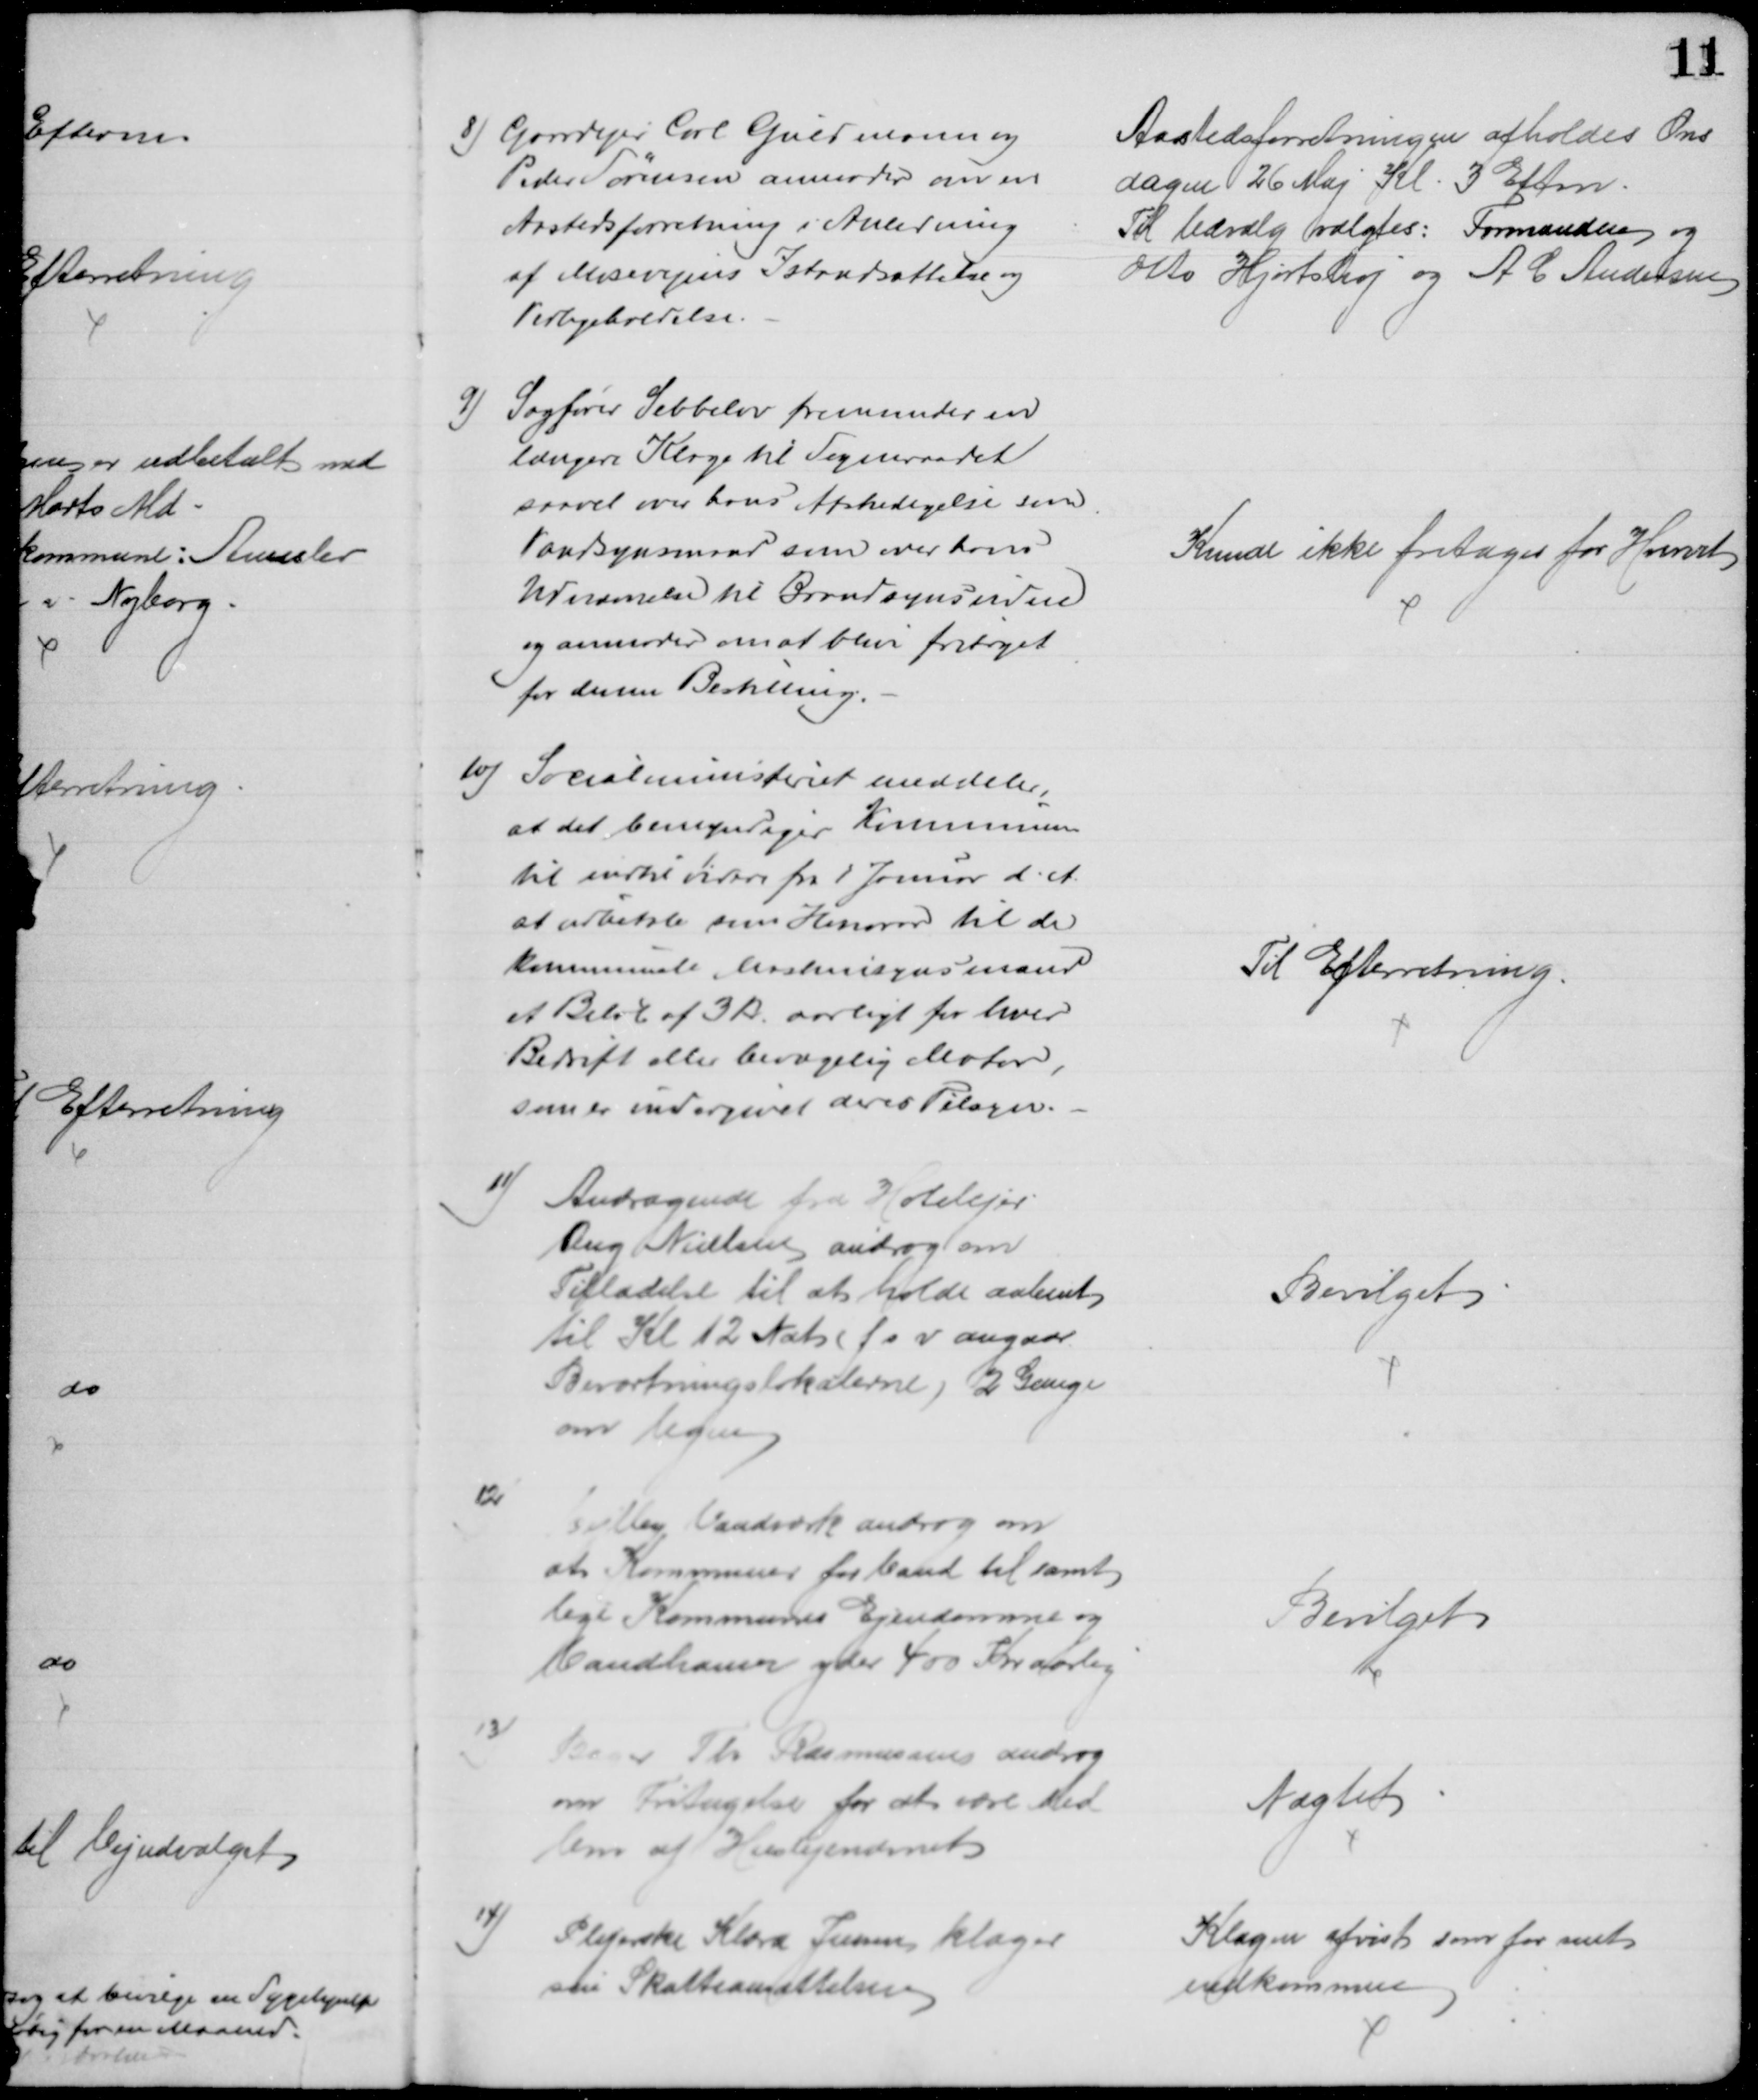
Transskription:
8) Gaardejer Carl Guldmann og 
Peder Sørensen anmoder om en
Aastedsforretning i Anledning
af Mosevejens Istandsættelse og
Vedligeholdelse.
Aastedsforretningen afholdes Ons
dagen 26 Maj Kl. 3 Eftm.
Til Udvalg valgtes: Formanden og 
Otto Hjortshøj og A C Andersen
9) Sagfører Sebbelov fremsender en
længere Klage til Sogneraadet
saavel over hos Afskedigelse som
Vandsynsmand som over hans
Udnævnelse til Brandsynsvidne
og anmoder om at blive fritaget
for denne Bestilling.
Kunde ikke fritages for Hvervet
10) Socialministeriet meddeler,
at det bemyndiger Kommunen
til indtil videre fra 1 Januar d. A.
at udbetale som Honorar til de
kommunale Maskinsynsmænd
et Beløb af 3 Kr aarligt for hver
Bedrift eller bevægelig Motor,
som er undergivet deres Tilsyn.
Til Efterretning.
11) 
Andragende fra Hotelejer
Aug Nielsen androg om
Tilladelse til at holde aabent
til Kl 12 Nat (f s v angaar
Beværtningslokalerne) 2 Gange
om Ugen
Bevilget
12
Vejlby Vandværk androg om
at Kommuner for Vand til samt
lige Kommunes Ejendomme og
Vandhaner yder 400 Kr aarlig
Bevilget
13)
Bager Th Rasmussen androg
om Fritagelse for at være Med
lem af Huslejenævnet
Nægtet
14)
Plejerske Klara Jensen klager
sin Skatteansættelsen
Klagen afvist som for sent
indkommen